Civil Veterinary Dept. Bombay admin report 1900-1906 - 1900-1906
Year: 1900
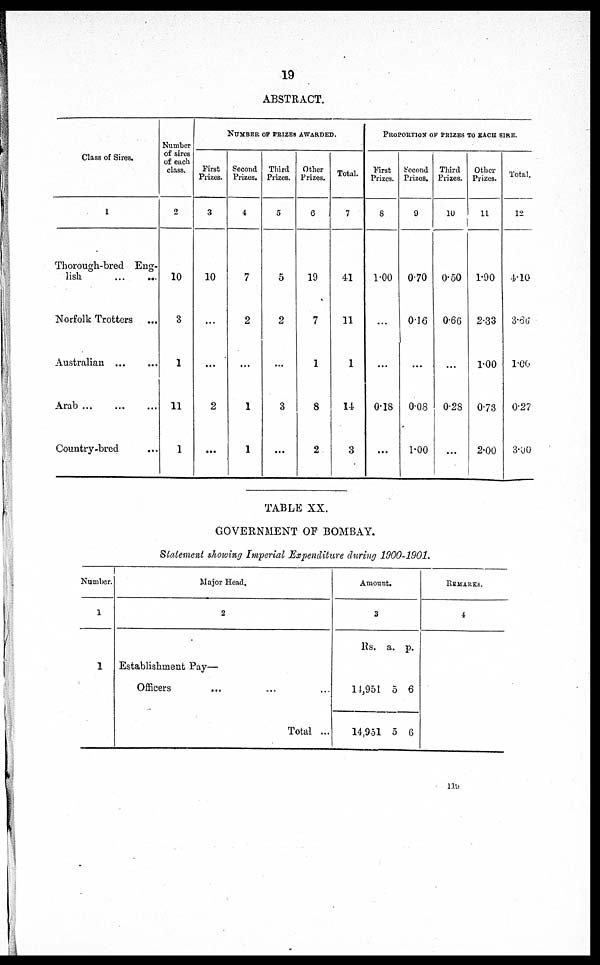
19
ABSTRACT.
Class of Sires.
1
Thorough-bred Eng-
lish
...
...
Norfolk Trotters
...
Australian ...
Arab
Country-bred ...
Number
of sires
of each
class.
2
10
3
1
11
1
NUMBER OF PRIZES AWARDED.
First
Prizes.
3
10
...
...
2
...
Second
Prizes.
4
7
2
...
1
1
Third
Prizes.
5
5
2
...
3
...
Other
Prizes.
6
19
7
1
8
2
Total.
7
41
11
1
14
3
PROPORTION OF PRIZES TO EACH SIRE.
First
Prizes.
8
1.00
...
...
0.18
...
Second
Prizes.
9
0.70
0.16
...
0.08
1.00
Third
Prizes.
10
0.50
0.66
...
0.28
...
Other
Prizes.
11
1.90
2.33
1.00
0.73
2.00
Total.
12
4.10
3.66
1.00
0.27
3.00
TABLE XX.
GOVERNMENT OF BOMBAY.
Statement showing Imperial Expenditure during 1900-1901.
Number.
1
1
Major Head.
2
Establishment Pay—
Officers
Total ...
Amount.
3
Rs. a. p.
14,951
14,951
5
5
6
6
REMARKS.
4
119